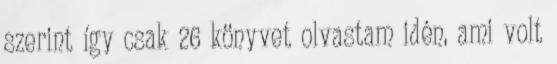
szerint így csak 26 könyvet olvastam idén, ami volt